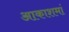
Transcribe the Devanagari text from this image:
आकाशमां